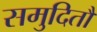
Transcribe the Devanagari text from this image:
समुदितौ